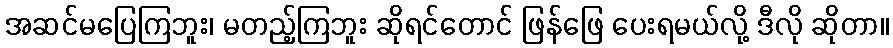
အဆင်မပြေကြဘူး၊ မတည့်ကြဘူး ဆိုရင်တောင် ဖြန်ဖြေ ပေးရမယ်လို့ ဒီလို ဆိုတာ။